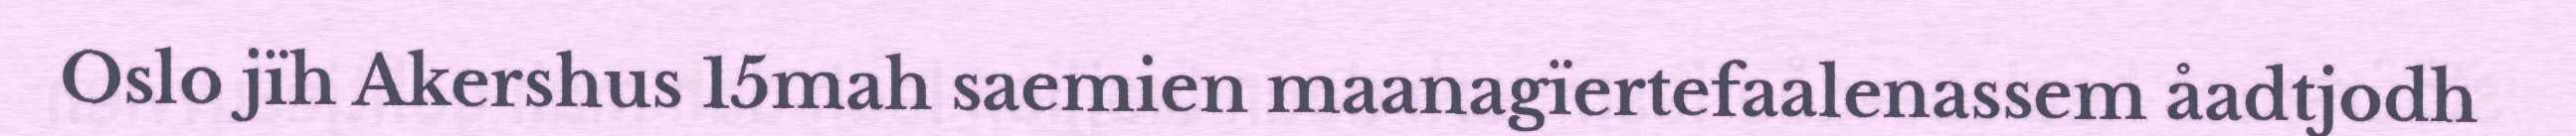
Oslo jïh Akershus 15mah saemien maanagïertefaalenassem åadtjodh